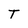
Character: T